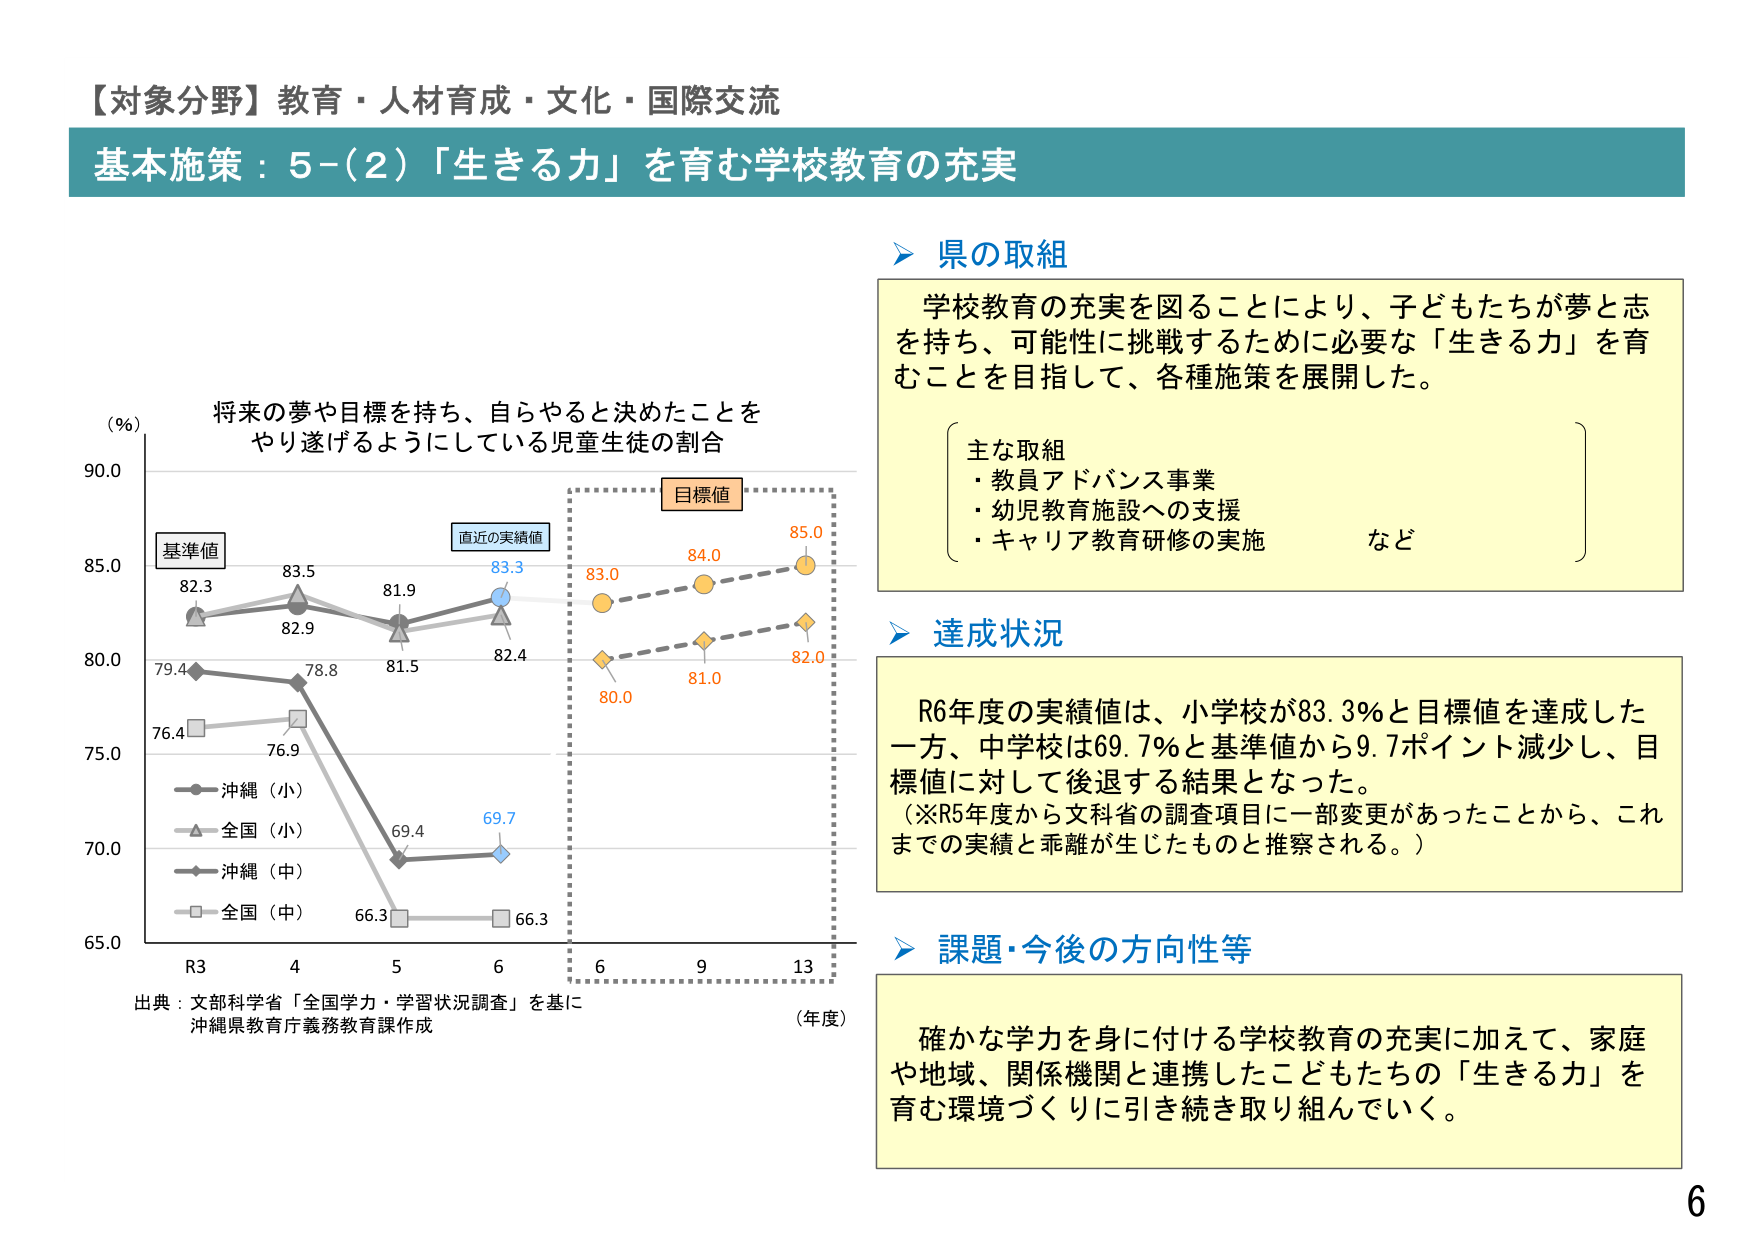
【対象分野】教育・人材育成・文化・国際交流
基本施策：5－(2)「生きる力」を育む学校教育の充実

県の取組
学校教育の充実を図ることにより、子どもたちが夢と志を持ち、可能性に挑戦するために必要な「生きる力」を育むことを目指して、各種施策を展開した。
　主な取組
　・教員アドバンス事業
　・幼児教育施設への支援
　・キャリア教育研修の実施　など

達成状況
R6年度の実績値は、小学校が83.3％と目標値を達成した一方、中学校は69.7％と基準値から9.7ポイント減少し、目標値に対して後退する結果となった。
（※R5年度から文科省の調査項目に一部変更があったことから、これまでの実績と乖離が生じたものと推察される。）

課題・今後の方向性等
確かな学力を身に付ける学校教育の充実に加えて、家庭や地域、関係機関と連携したこどもたちの「生きる力」を育む環境づくりに引き続き取り組んでいく。

（％）
将来の夢や目標を持ち、自らやると決めたことをやり遂げるようにしている児童生徒の割合
基準値
82.3
83.5
82.9
81.9
83.3
82.4
83.0
84.0
85.0
直近の実績値
目標値
79.4
78.8
81.5
69.4
69.7
80.0
81.0
82.0
76.4
76.9
66.3
66.3
沖縄（小）
全国（小）
沖縄（中）
全国（中）
R3　4　5　6　6　9　13
（年度）
出典：文部科学省「全国学力・学習状況調査」を基に
沖縄県教育庁義務教育課作成

6